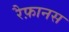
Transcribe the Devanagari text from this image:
रैफ़ानस